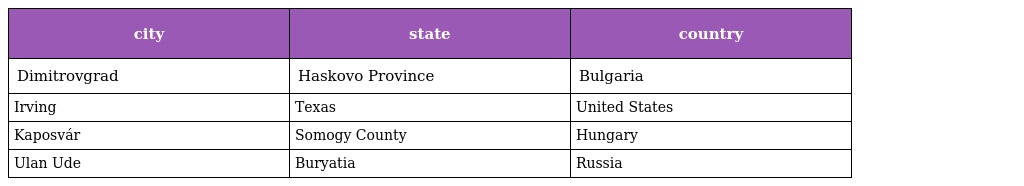
| city | state | country |
 | --- | --- | --- |
 | Dimitrovgrad | Haskovo Province | Bulgaria |
 | Irving | Texas | United States |
 | Kaposvár | Somogy County | Hungary |
 | Ulan Ude | Buryatia | Russia |